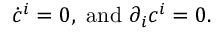
\dot { c } ^ { i } = 0 , \mathrm { ~ a n d ~ } \partial _ { i } c ^ { i } = 0 .